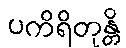
ပကိရိတုန္တိ